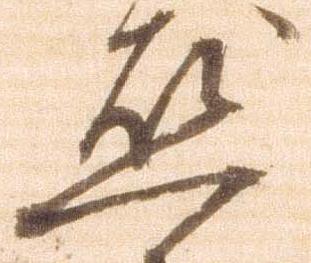
懸